Civil Veterinary Dept. North-West Frontier Province 1901-22 - 1901-1922
Year: 1901
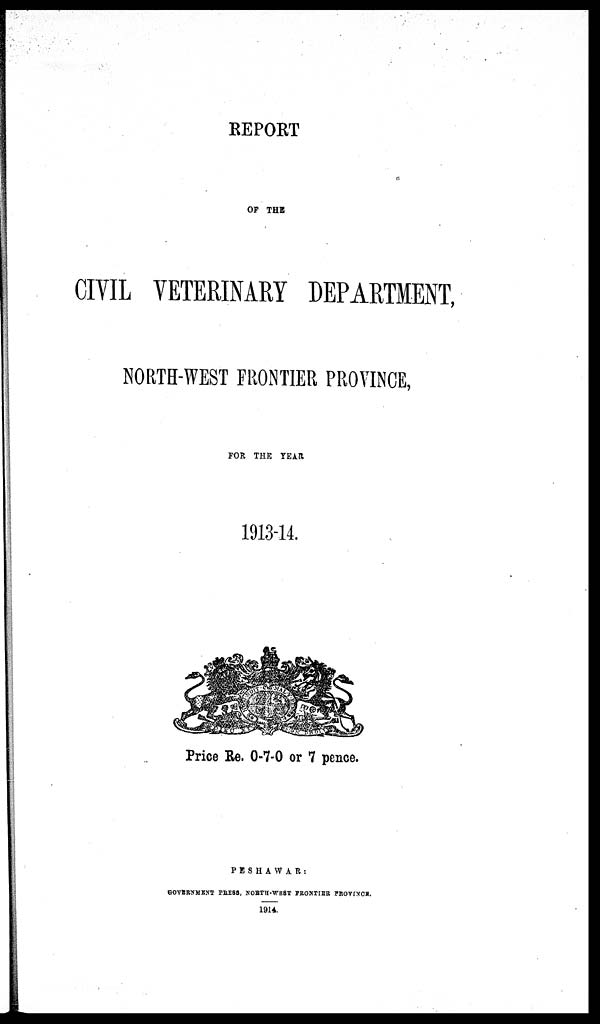
REPORT
OF THE
CIVIL VETERINARY DEPARTMENT,
NORTH-WEST FRONTIER PROVINCE,
FOR THE YEAR
1913-14.
Price Re. 0-7-0 or 7 pence.
PESHAWAR:
GOVERNMENT PRESS, NORTH-WEST PRONTIER PROVINCE.
1914.